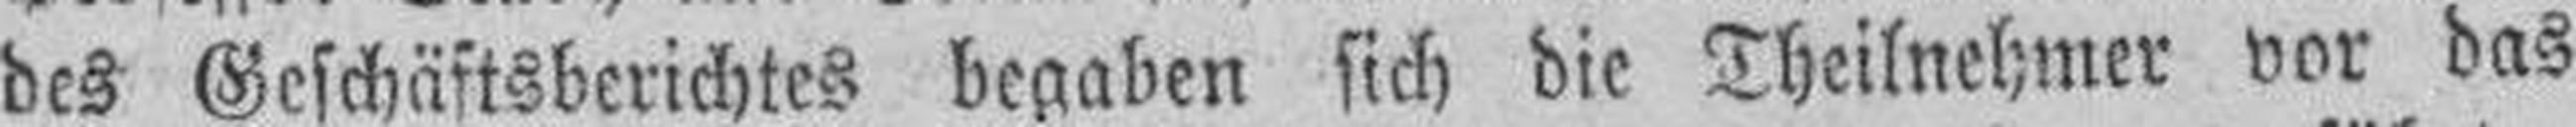
des Geschäftsberichtes begaben sich die Theilnehmer vor das